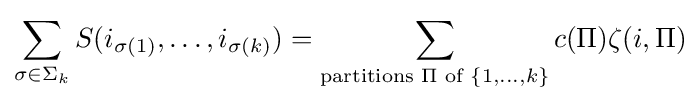
\sum _{\sigma \in \Sigma _{k}}S(i_{\sigma (1)},\dots ,i_{\sigma (k)})=\sum _{{\text{partitions }}\Pi {\text{ of }}\{1,\dots ,k\}}c(\Pi )\zeta (i,\Pi )